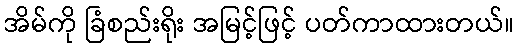
အိမ်ကို ခြံစည်းရိုး အမြင့်ဖြင့် ပတ်ကာထားတယ်။